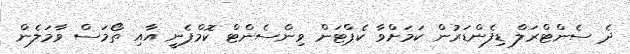
ދެ ސެންޓްރަލް ޑިފެންޑަރުން ކަމަށްވާ ކެޕްޓަން ވިންސެންޓް ކޮމްޕެނީ އާއި ތޯމަސް ވާމަލެން